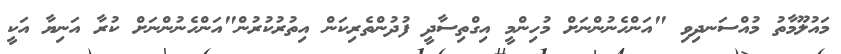
މައުލޫމާތު މުއްސަނދިވި "އަންހެނުންނަށް މުހިންމީ އިގްތިސާދީ ފުދުންތެރިކަން އިތުރުކުރުން"އަންހެނުންނަށް ކުރާ އަނިޔާ އަކީ